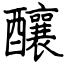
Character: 釀